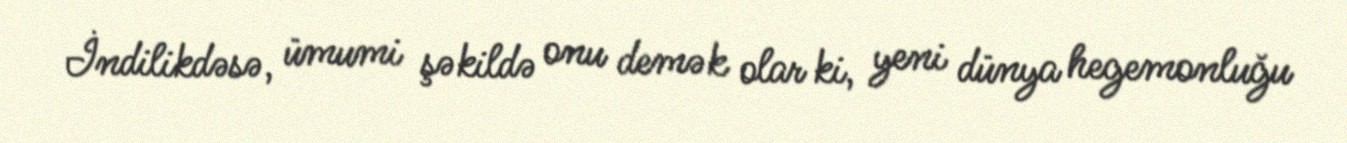
İndilikdəsə, ümumi şəkildə onu demək olar ki, yeni dünya hegemonluğu